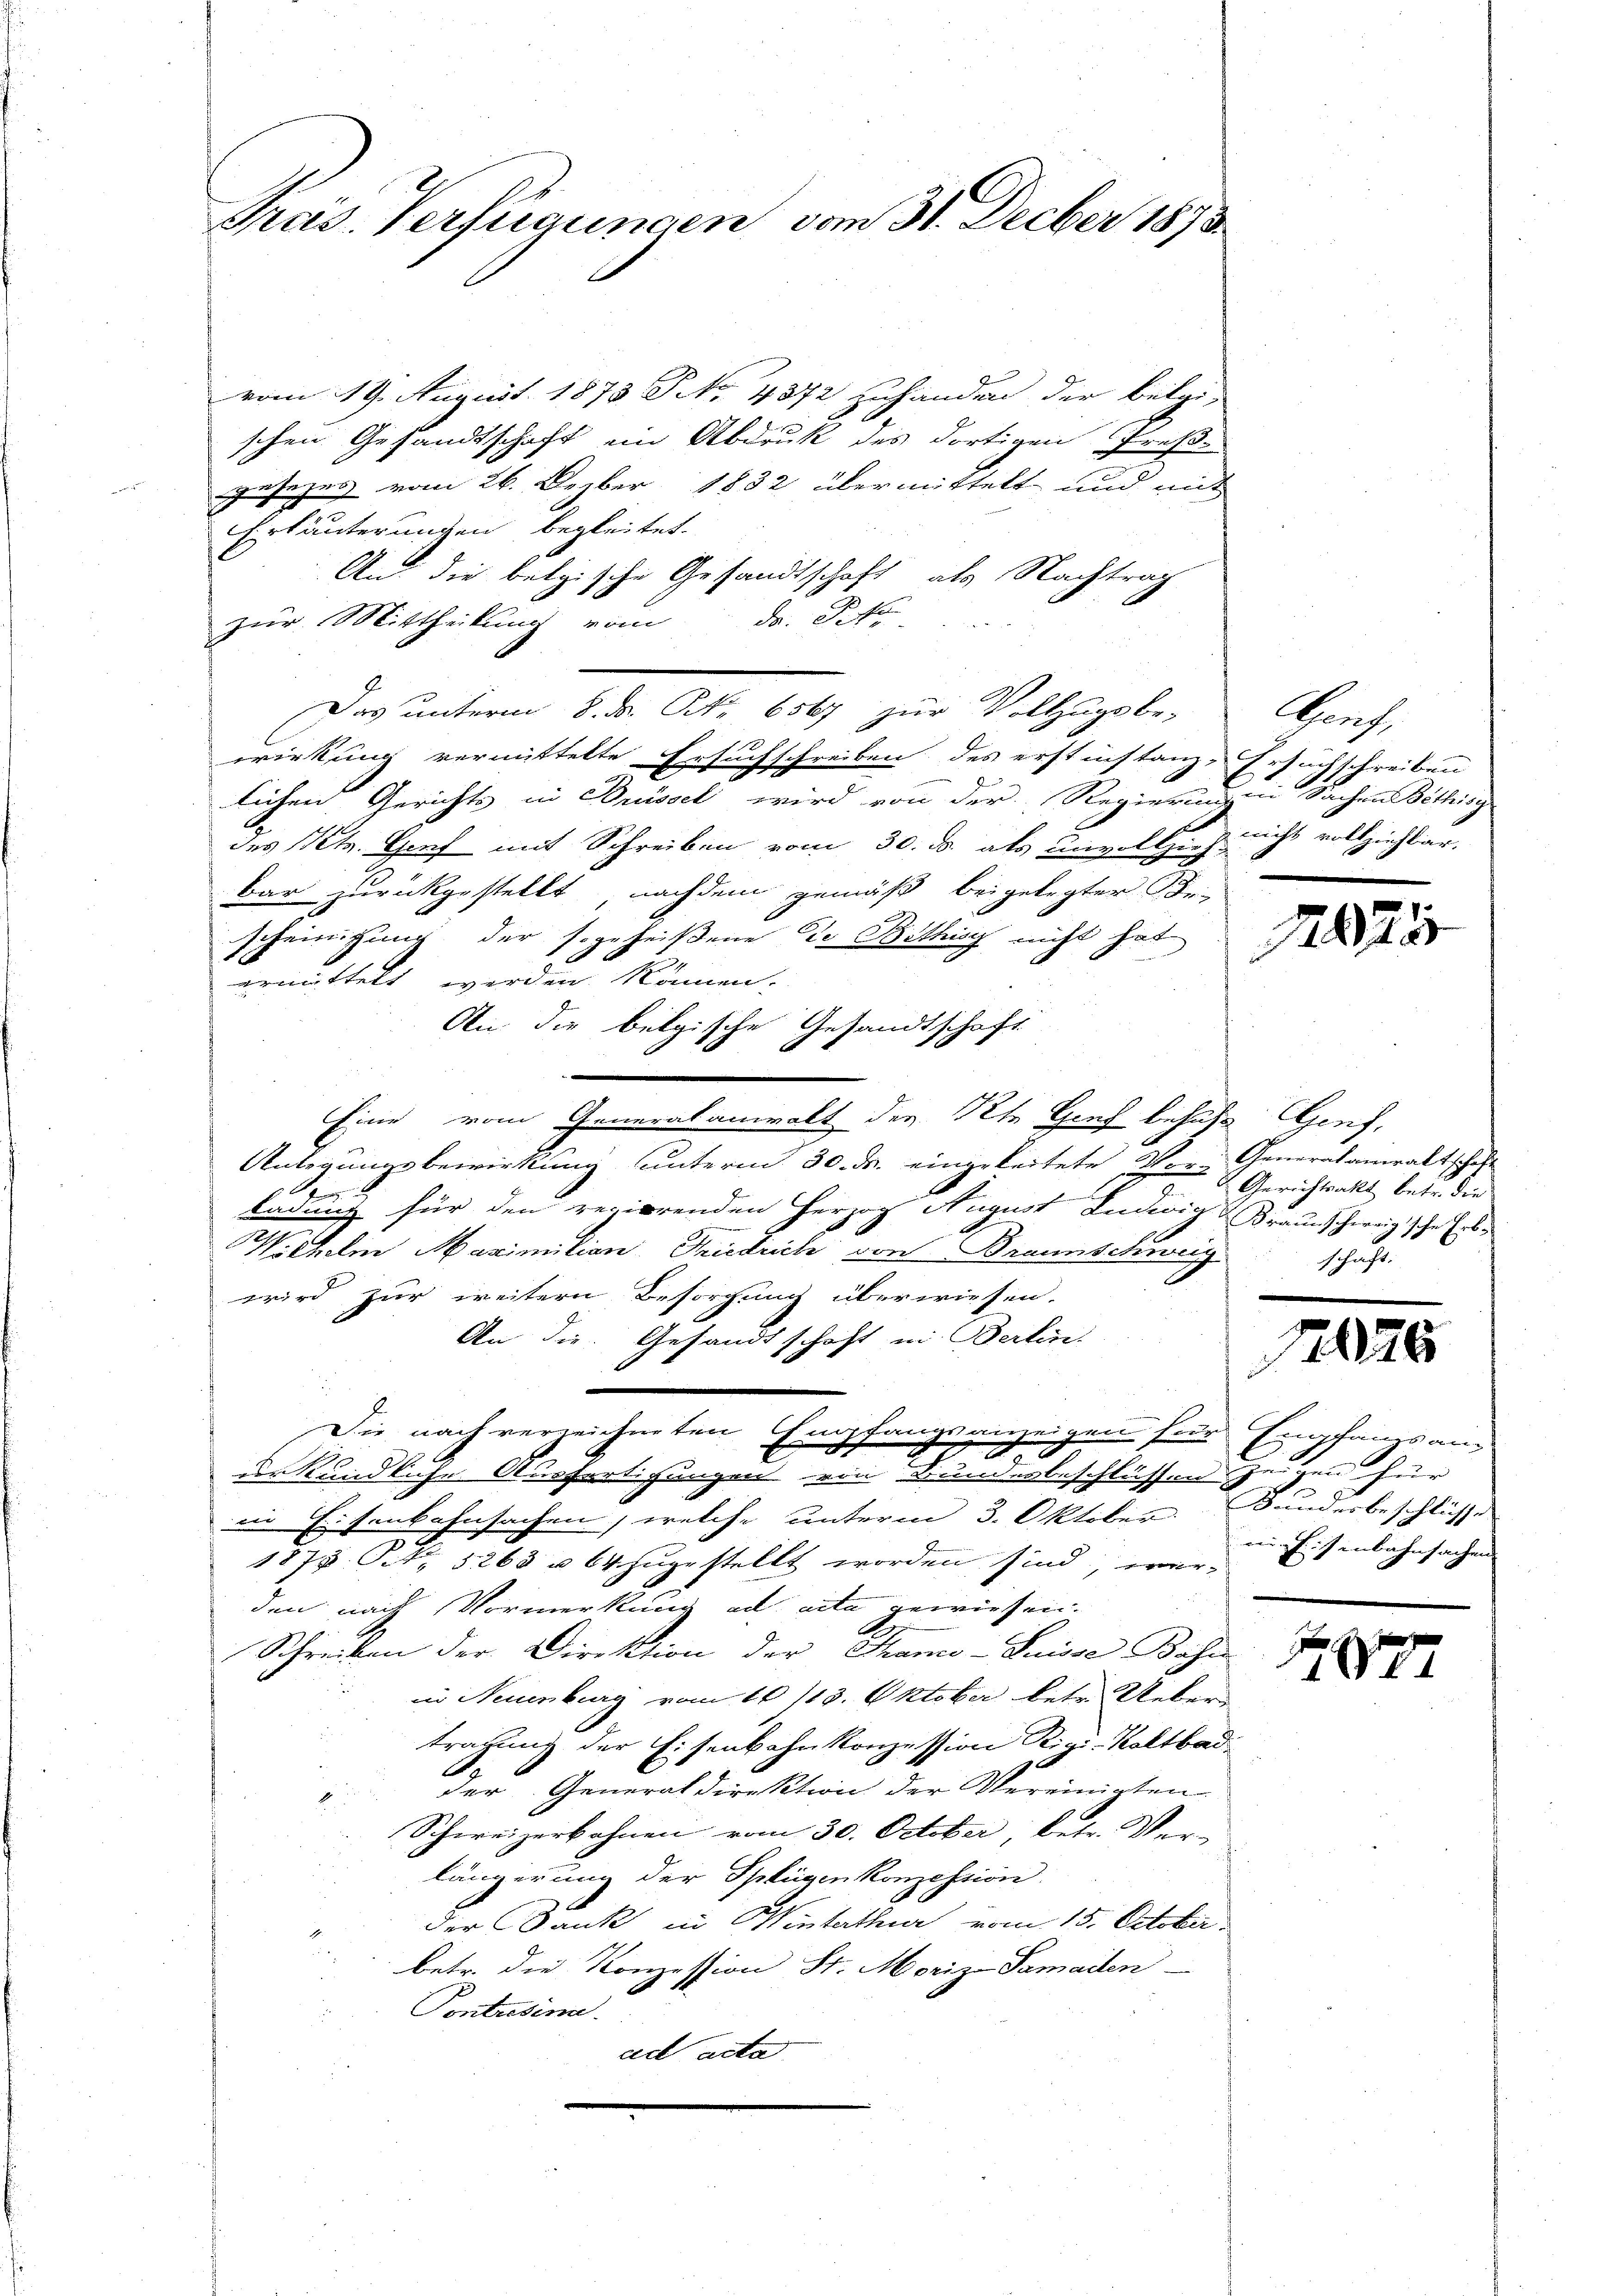
Pras. Verfügungen vom 31. Decber 1873

vom 19. August 1873 No 4372 zuhandern der Belgi-
schen Gesandtschaft im Abdruk des dortigen Preße
gesezes vom 26. Dezber 1832 übermittelt und mit
Erläuterungen begleitet.
An die betrische Gesandtschaft, als Nachtrag
zur Mittheilung vom da. St
Das unterm 8. d. Nr. 6567 zur Vollzugsbe-
wirkung vermittelte Ersuchschreiben des erstinstanz-Ersuchschreiben
lichen Gerichts in Buissel wird von der Regierungen Sachen Bethisg
des Kts. Genf mit Schreiben vom 30. d. als unvollzieh
bar zurückgestellt, nachdem gemäß beigelegter Be-
scheinigung der so geheißene Die Wittung nicht hat
ermittelt werden können.
An die belgische Gesandtschaft
Eine vom Generalanwalt der St. Gief behufs
Anlegungsbewirkung unterm 30. ds. eingeleitete Vor- Generalanwaltschaft
1
ladung für den regierenden Herzog August Ludwig & Braunschweigische Erb¬
Wilhelm Maximitian Friedrich von Braunschungschaft.
wird zur weitern Besorgung überwiesen.
An die Gesandtschaft in Berlin.
Die nach verzeichneten Empfangsaneigen für Empfangsang
 0 f 0 x
derkundliche Ausfertigungen von Bundesbeschlüssen.
in Eisenbahnsachen, welche unterm 3. Oktober. Bunderbeschliesse
s
1874. Oct. 3263 u 64 zugestellt worden sind, wer-
den nach Vormerkung ad acta gewiesen.
Schreiben der Direktion der Thamo-Puisse Bahn
in Neuenburg vom 10 113. Oktober betr. Ueber
tragung der Eisenbahnkonzession Rigi-Kaltbad.
der Generaldirektion der Vereinigten
2
Schweizerbahnen vom 30. October betr. Verlängerung der Splügen Konzession
der Dank in Winterthur vom 15. October.
betr. die Konzession St. Moriz-Samaiten
Contretine.
ad acta

Arens,
nicht vollziehbar.

Genf,
Gerichtsakt betr. die

12026

zu en für

rin Eisenbahnsachen

s